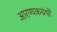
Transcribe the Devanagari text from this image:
आरण्यकग्रंथों